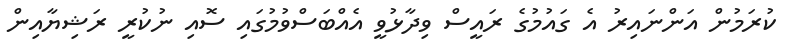
ކުރަމުން އަންނައިރު އެ ގައުމުގެ ރައީސް ވިދާޅުވީ އެއްބަސްވުމުގައި ސޮއި ނުކުރީ ރަޝިޔާއިން